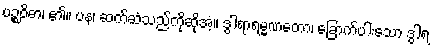
ပဉ္စဝိဓာ၊ ၏။ ပန၊ ဆက်ဆံသည်ကိုဆိုအံ့။ ဒွါရာရမ္မဏတော၊ ခြောက်ပါးသော ဒွါရ